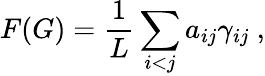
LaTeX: F(G)=\frac{1}{L}\sum_{i<j}a_{ij}\gamma_{ij}\ ,